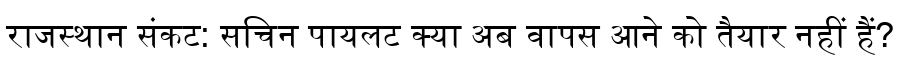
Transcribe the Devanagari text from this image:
राजस्थान संकट: सचिन पायलट क्या अब वापस आने को तैयार नहीं हैं?